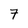
Character: 7